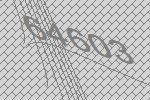
64603